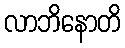
လာဘိနောတိ